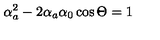
\alpha _ { a } ^ { 2 } - 2 \alpha _ { a } \alpha _ { 0 } \cos \Theta = 1